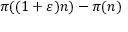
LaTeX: \pi ( ( 1 + \varepsilon ) n ) - \pi ( n )